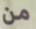
من